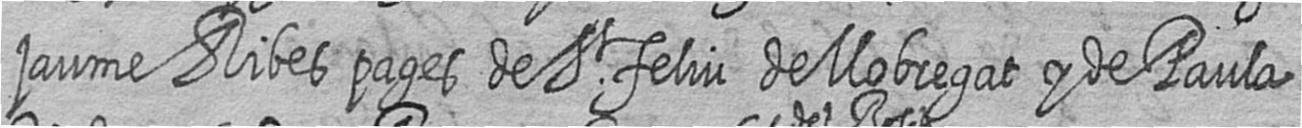
jaume Ribes pages de St feliu de llobregat y de Paula